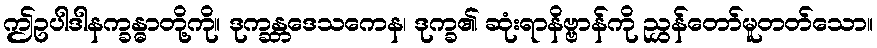
ဤဥပါဒါနက္ခန္ဓာတို့ကို။ ဒုက္ခန္တဒေသကေန၊ ဒုက္ခ၏ ဆုံးရာနိဗ္ဗာန်ကို ညွှန်တော်မူတတ်သော။